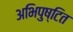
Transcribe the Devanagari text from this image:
अभिपुष्टित